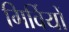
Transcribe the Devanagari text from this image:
गिर्वियों